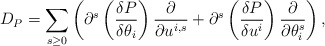
\begin{align*}D_P = \sum_{s\geq0} \left( \partial^s \left( \frac{\delta P}{\delta \theta_i} \right) \frac{\partial }{\partial u^{i,s}} + \partial^s \left( \frac{\delta P}{\delta u^i} \right) \frac{\partial }{\partial \theta_i^s} \right),\end{align*}